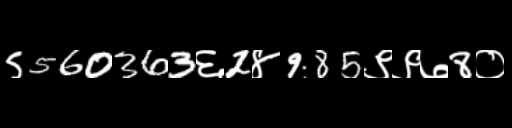
Text: 5560363६2४985९९७8०